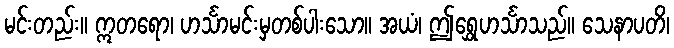
မင်းတည်း။ ဣတရော၊ ဟင်္သာမင်းမှတစ်ပါးသော။ အယံ၊ ဤရွှေဟင်္သာသည်။ သေနာပတိ၊